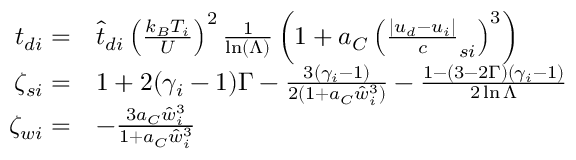
\begin{array} { r l } { { t _ { d i } } = } & { \hat { t } _ { d i } \left( \frac { k _ { B } T _ { i } } U \right) ^ { 2 } \frac 1 { \ln ( \Lambda ) } \left( 1 + a _ { C } \left( \frac { | { u _ { d } } - { u _ { i } } | } c _ { s i } \right) ^ { 3 } \right) } \\ { \zeta _ { s i } = } & { 1 + 2 ( \gamma _ { i } - 1 ) \Gamma - \frac { 3 ( \gamma _ { i } - 1 ) } { 2 ( 1 + a _ { C } \hat { w } _ { i } ^ { 3 } ) } - \frac { 1 - ( 3 - 2 \Gamma ) ( \gamma _ { i } - 1 ) } { 2 \ln { \Lambda } } } \\ { \zeta _ { w i } = } & { - \frac { 3 a _ { C } \hat { w } _ { i } ^ { 3 } } { 1 + a _ { C } \hat { w } _ { i } ^ { 3 } } } \end{array}